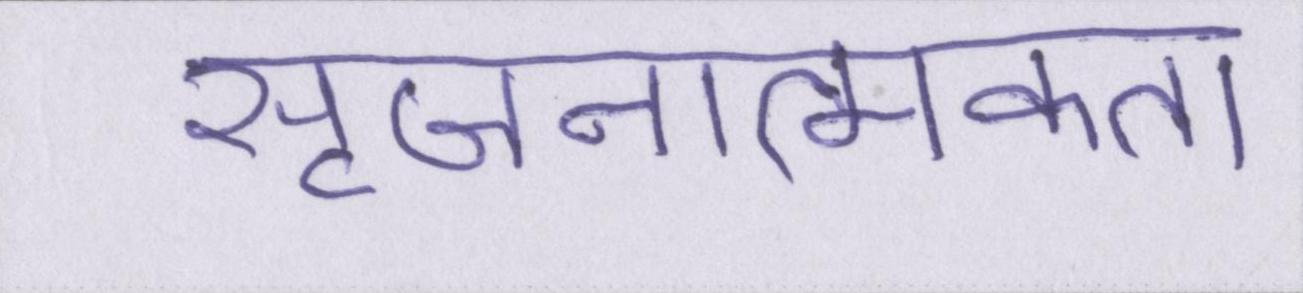
सृजनात्मकता